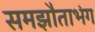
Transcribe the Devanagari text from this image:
समझौताभंग